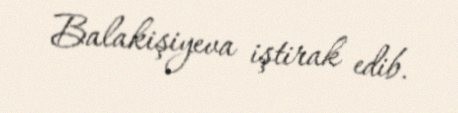
Balakişiyeva iştirak edib.